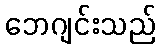
ဘေဂျင်းသည်